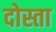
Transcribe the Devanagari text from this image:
दोस्ता